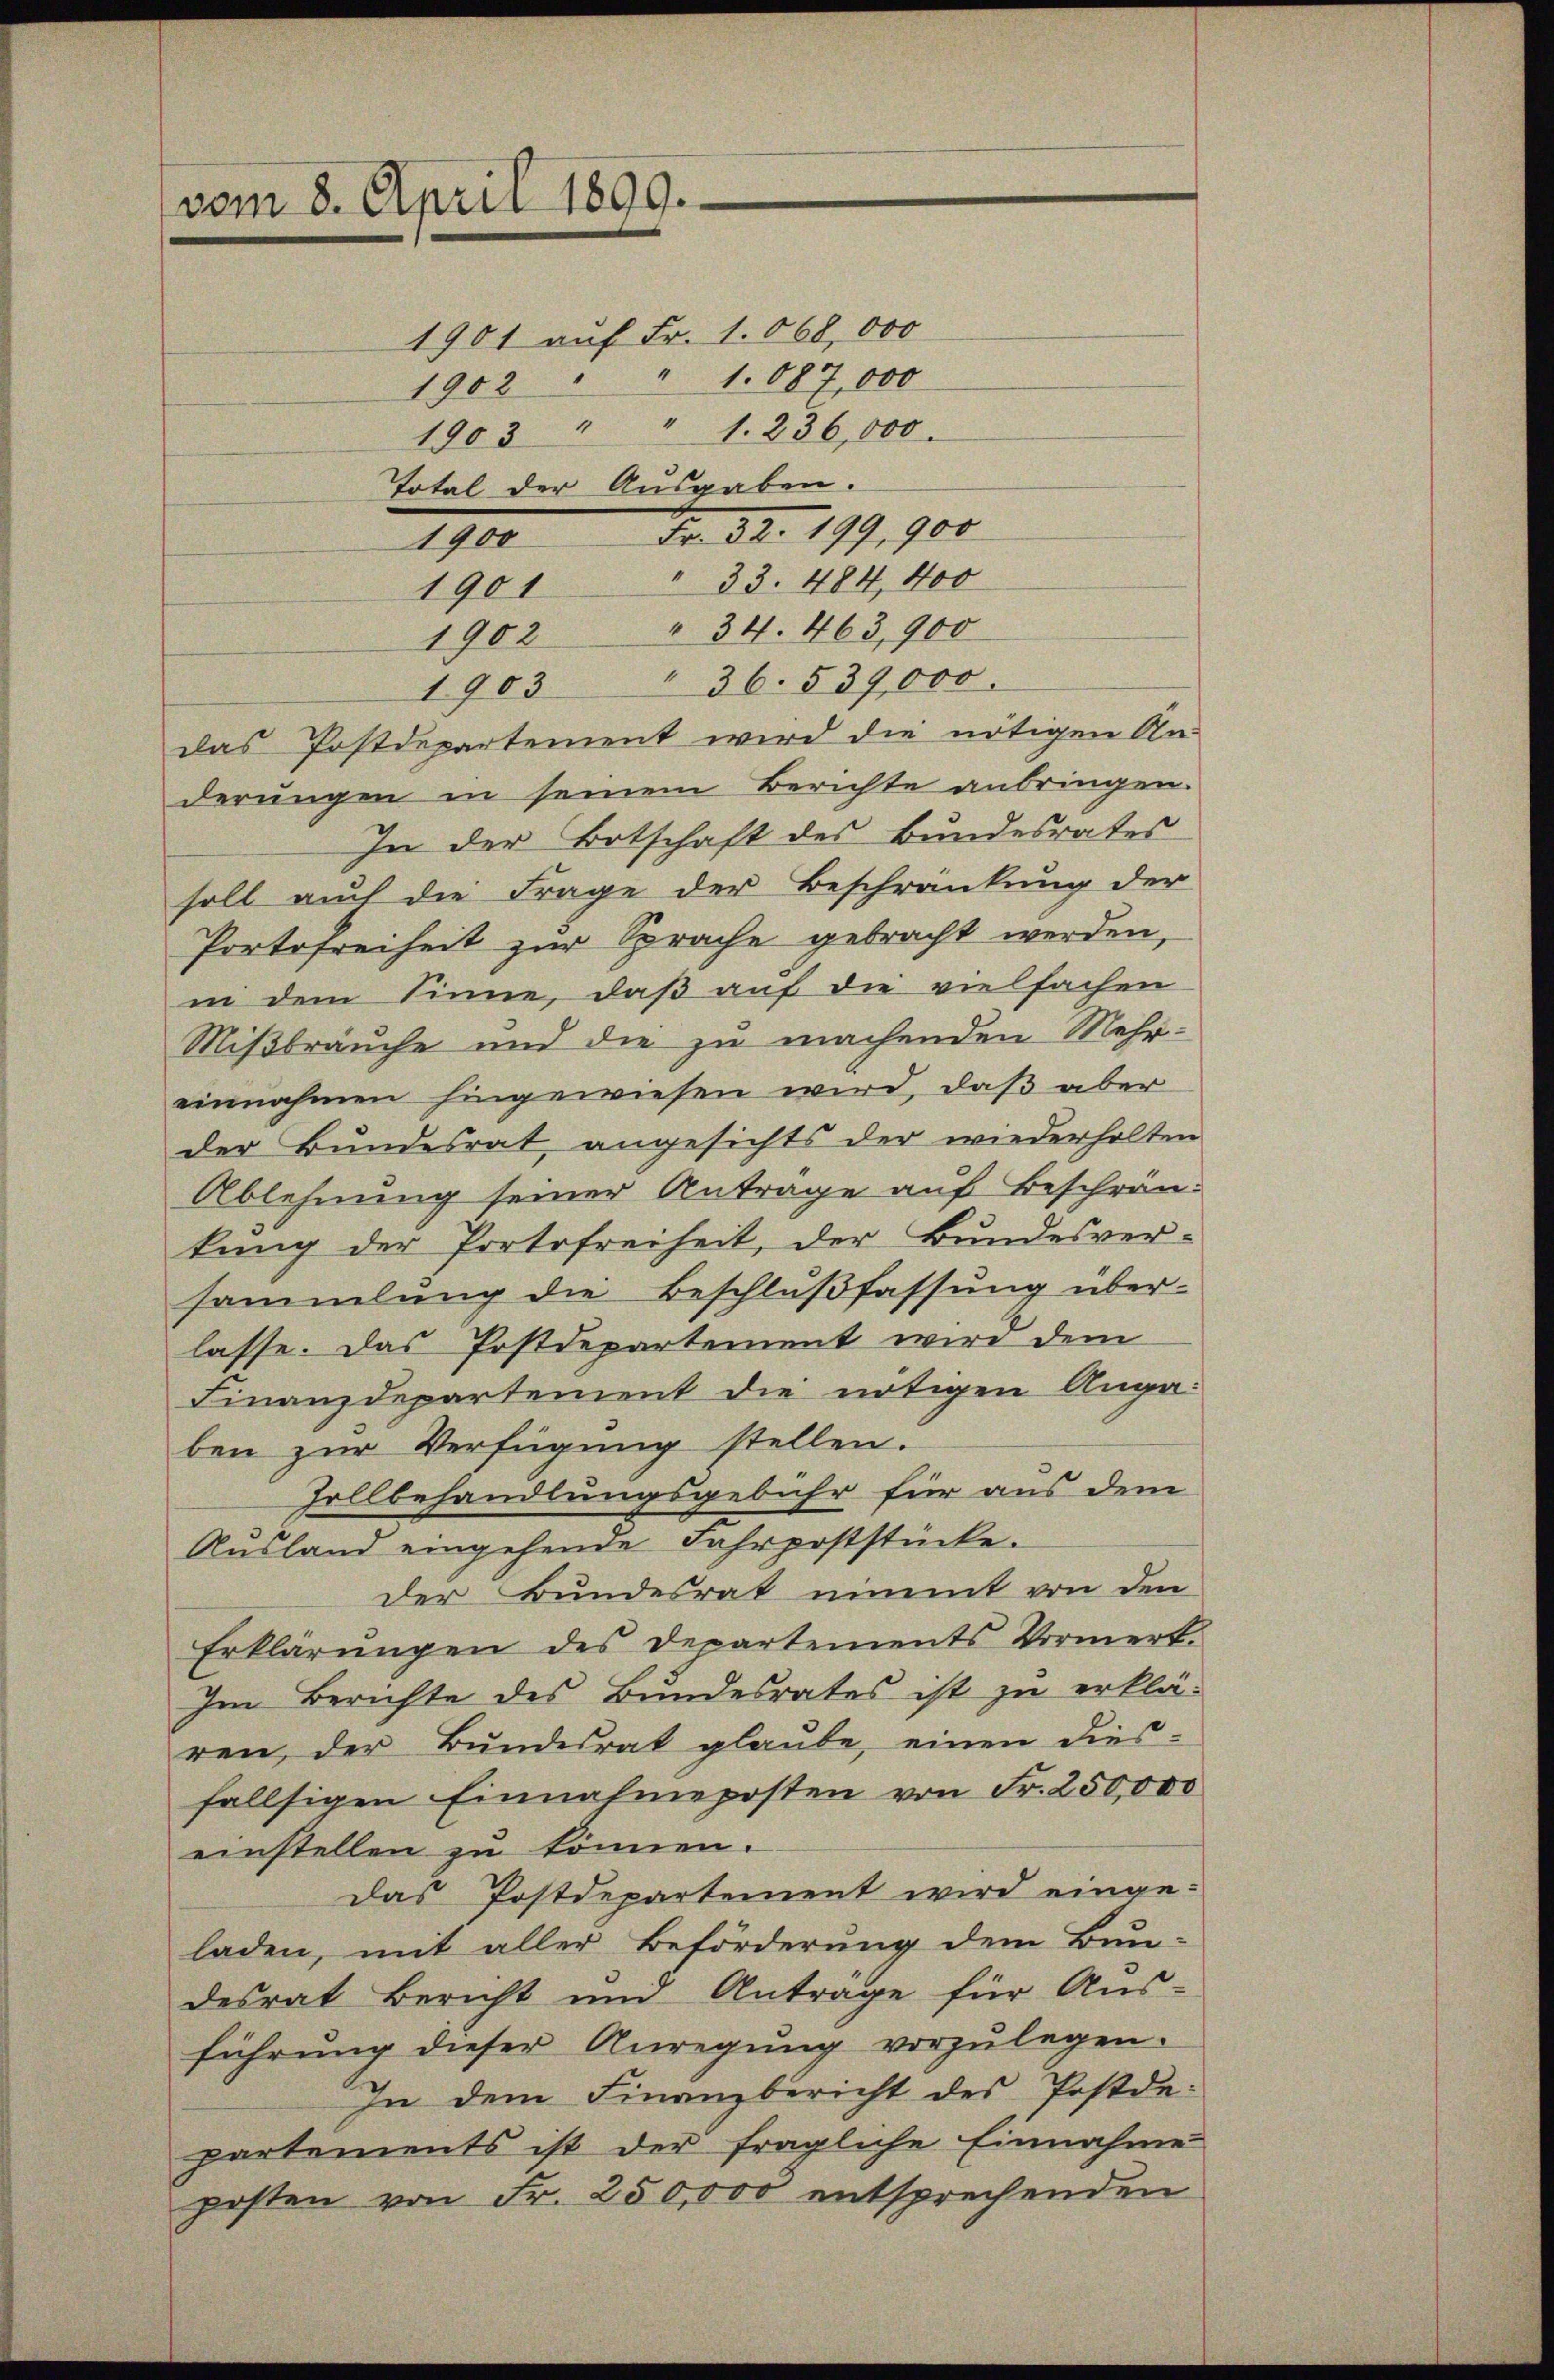
vom 8. April 1899.
1901 auf Fr. 1068,000
1902 " " 1087,000
1903 " " 1. 236,000.
Total der Ausgaben.
1900

33. 484, 400
1901
1902 " 34. 463,900
" 36. 539,000.
1903
das Postdepartement wird die nötigen An-
derungen in seinem Berichte anbringen.
In der Ortschaft des Bundesrates
soll auch die Frage der Beschränkung der
Portofreiheit zur Sprache gebracht werden,
in dem Sinne, daß auf die vielfachen
Mißbräuche und die zu machenden Mehreinnahmen hingewiesen wird, daß aber
der Bundesrat angesichts der wiederholten
Ablehnung seiner Antrage auf Beschränkung der Portofreiheit, der Bundesver-
sammlung die Beschlußfassung über-
lasse. Das Postdepartement wird dem
Finanzdepartement die nötigen Augaben zur Verfügung stellen.
Zollbehandlungsgebühr für aus dem
Ausland eingehende Fahrpoststücke.
Der Bundesrat nimmt von den
Erklärungen des Departements Vormerk.
Im Berichte des Bundesrates ist zu erklä-
ren, der Bŭndesrat glaŭbe, einen dies-
fallsigen Einnahmeposten von Fr. 250,000
einstellen zu können.
Das Postdepartement wird eingeladen, mit aller Beförderung dem Bun-
desrat Bericht und Anträge für Aus-
führung dieser Anregung vorzulegen.
In dem Finanzbericht des Postdepartements ist der fragliche Einnahme
posten von Fr. 250,000 entsprechenden

Fr. 32. 199, 900